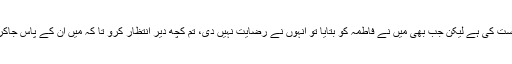
تم سے پہلے چند لوگوں نے یہ درخواست کی ہے لیکن جب بھی میں نے فاطمہ کو بتایا تو انہوں نے رضایت نہیں دی، تم کچھ دیر انتظار کرو تا کہ میں ان کے پاس جاکر اس بارے میں ان کی رائے لے لوں۔